Document type: Emphyteutic lease
Year: 1281
Scribe: Pere Marquès
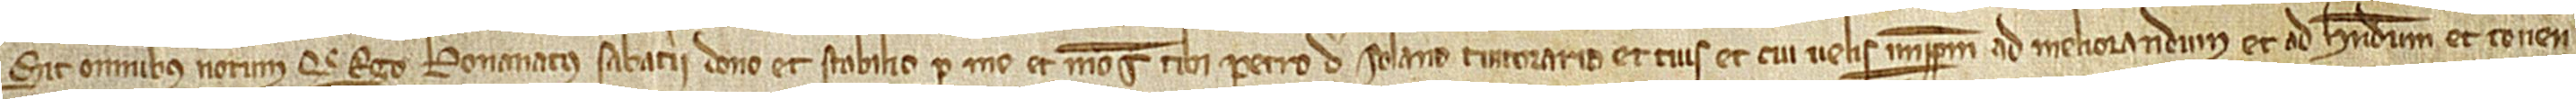
Sit omnibus notum quod ego Bonanatus Sabaterii dono et stabilio per me et meos tibi Petro de Solano, tintorario, et tuis et cui velis imperpetuum, ad meliorandum et ad habendum et tenen-